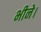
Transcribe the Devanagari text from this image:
भीने।